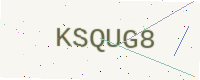
Text: KSQUG8